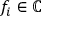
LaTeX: f _ { i } \in \mathbb { C }